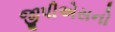
જીપીએસનો